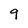
Character: 9